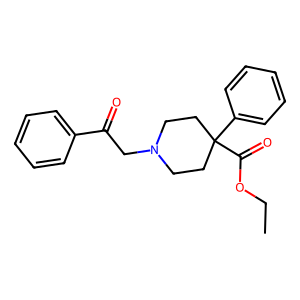
SMILES: CCOC(=O)C1(c2ccccc2)CCN(CC(=O)c2ccccc2)CC1
Inhibits HIV replication: No